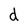
Character: d